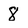
Character: 8